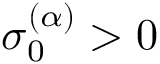
\sigma _ { 0 } ^ { ( \alpha ) } > 0